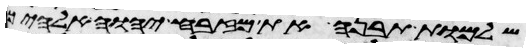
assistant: שלמות תבנה את מזבח יהוה אלהיך